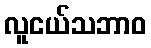
လူငယ်သဘာဝ